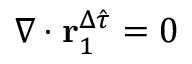
\nabla \cdot \mathbf { r } _ { 1 } ^ { \Delta \hat { \tau } } = 0